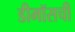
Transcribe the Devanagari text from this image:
डीमॉसची